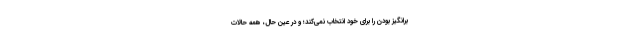
‌برانگیز بودن را برای خود انتخاب نمی‌کند؛ و در عین حال، همهٔ حالات